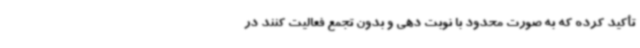
تأکید کرده که به صورت محدود با نوبت دهی و بدون تجمع فعالیت کنند در